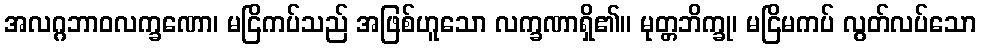
အလဂ္ဂဘာဝလက္ခဏော၊ မငြိကပ်သည် အဖြစ်ဟူသော လက္ခဏာရှိ၏။ မုတ္တဘိက္ခု၊ မငြိမကပ် လွတ်လပ်သော